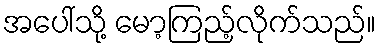
အပေါ်သို့ မော့ကြည့်လိုက်သည်။